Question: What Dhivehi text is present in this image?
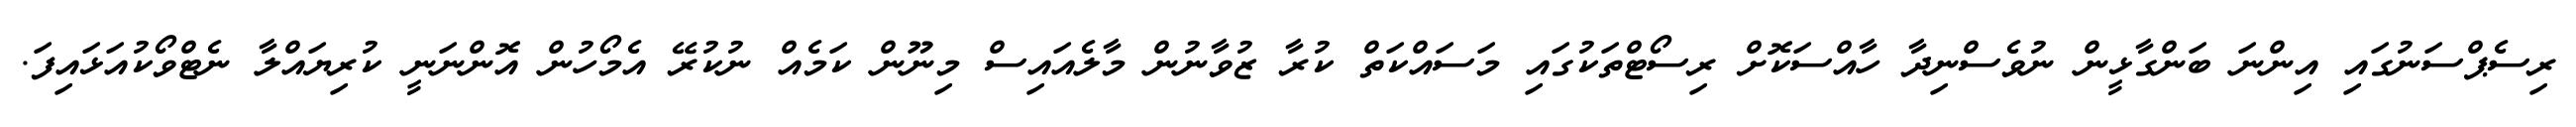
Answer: ރިސެޕްސަނުގައި އިންނަ ބަންގާޅީން ނުވެސްނިދާ ހާއްސަކޮށް ރިސޯޓްތަކުގައި މަސައްކަތް ކުރާ ޒުވާނުން މާލެއައިސް މިނޫން ކަމެއް ނުކުރޭ އެމޯހުން އޮންނަނީ ކުރިޔައްލާ ނެޓްވޯކުއަޅައިފަ.